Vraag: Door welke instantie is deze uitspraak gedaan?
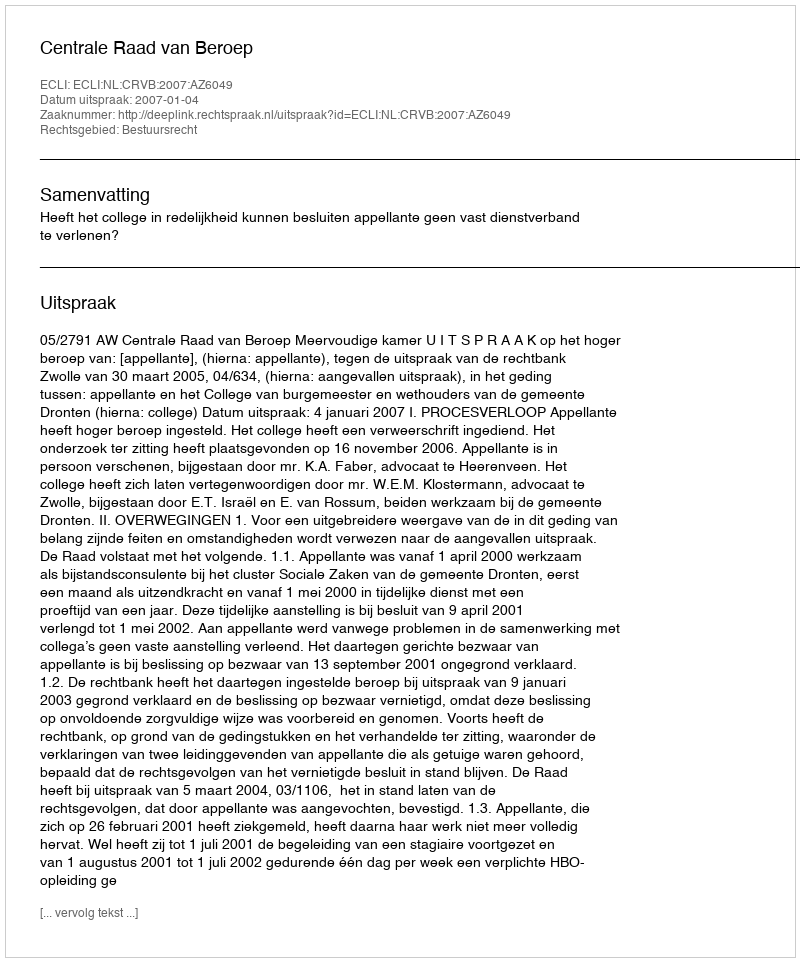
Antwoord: Centrale Raad van Beroep